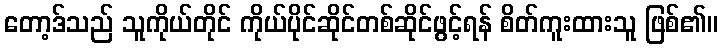
တော့ဒ်သည် သူကိုယ်တိုင် ကိုယ်ပိုင်ဆိုင်တစ်ဆိုင်ဖွင့်ရန် စိတ်ကူးထားသူ ဖြစ်၏။